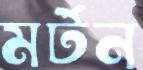
মর্টন